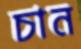
চান